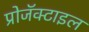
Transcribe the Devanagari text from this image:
प्रोजॅक्टाइल